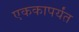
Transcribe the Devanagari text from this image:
एककापर्यंत